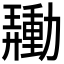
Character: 𰅙